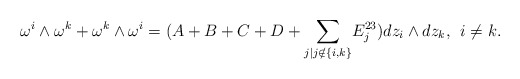
\begin{align*} \omega^i\wedge \omega^k+\omega^k\wedge \omega^i=(A+B+C+D+ \underset{j\vert j \notin\{i,k\}}{\sum}E_{j}^{23}) dz_i\wedge dz_k, \: \: i\neq k.\end{align*}